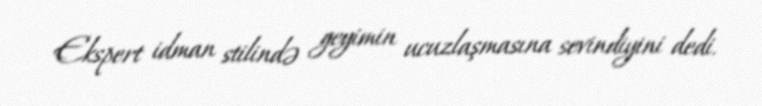
Ekspert idman stilində geyimin ucuzlaşmasına sevindiyini dedi.